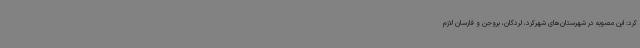
کرد: این مصوبه در شهرستان‌های شهرکرد، لردگان، بروجن و فارسان لازم